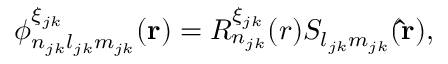
\phi _ { n _ { j k } l _ { j k } m _ { j k } } ^ { \xi _ { j k } } ( \mathbf { r } ) = R _ { n _ { j k } } ^ { \xi _ { j k } } ( r ) S _ { l _ { j k } m _ { j k } } ( \mathbf { \hat { r } } ) ,